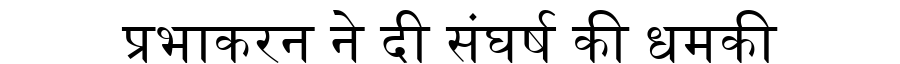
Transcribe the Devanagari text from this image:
प्रभाकरन ने दी संघर्ष की धमकी